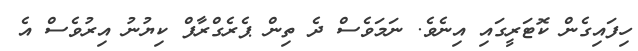
ހިފައިގެން ކޮޓަރީގައި އިނެވެ. ނަމަވެސް ދެ ތިން ޕެރެގްރާފް ކިޔުނު އިރުވެސް އެ